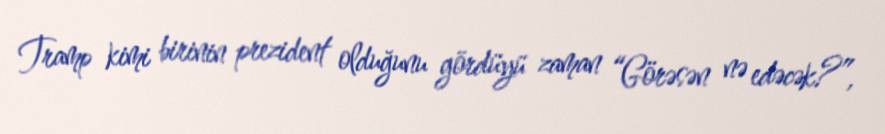
Tramp kimi birinin prezident olduğunu gördüyü zaman “Görəsən nə edəcək?”,